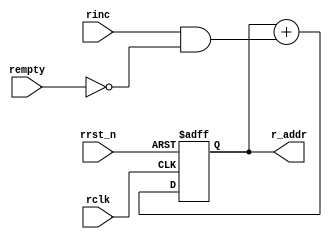
module mem_store(input rinc, rempty, rrst_n, rclk, 
output [4:0]r_addr);
reg [4:0] rbin;
wire [4:0] rbinnext;
always @ (posedge rclk or negedge rrst_n)
if(!rrst_n)
rbin<=0;
else
rbin<=rbinnext;
assign  r_addr=rbin;
assign rbinnext = rbin + (rinc & ~rempty);
endmodule